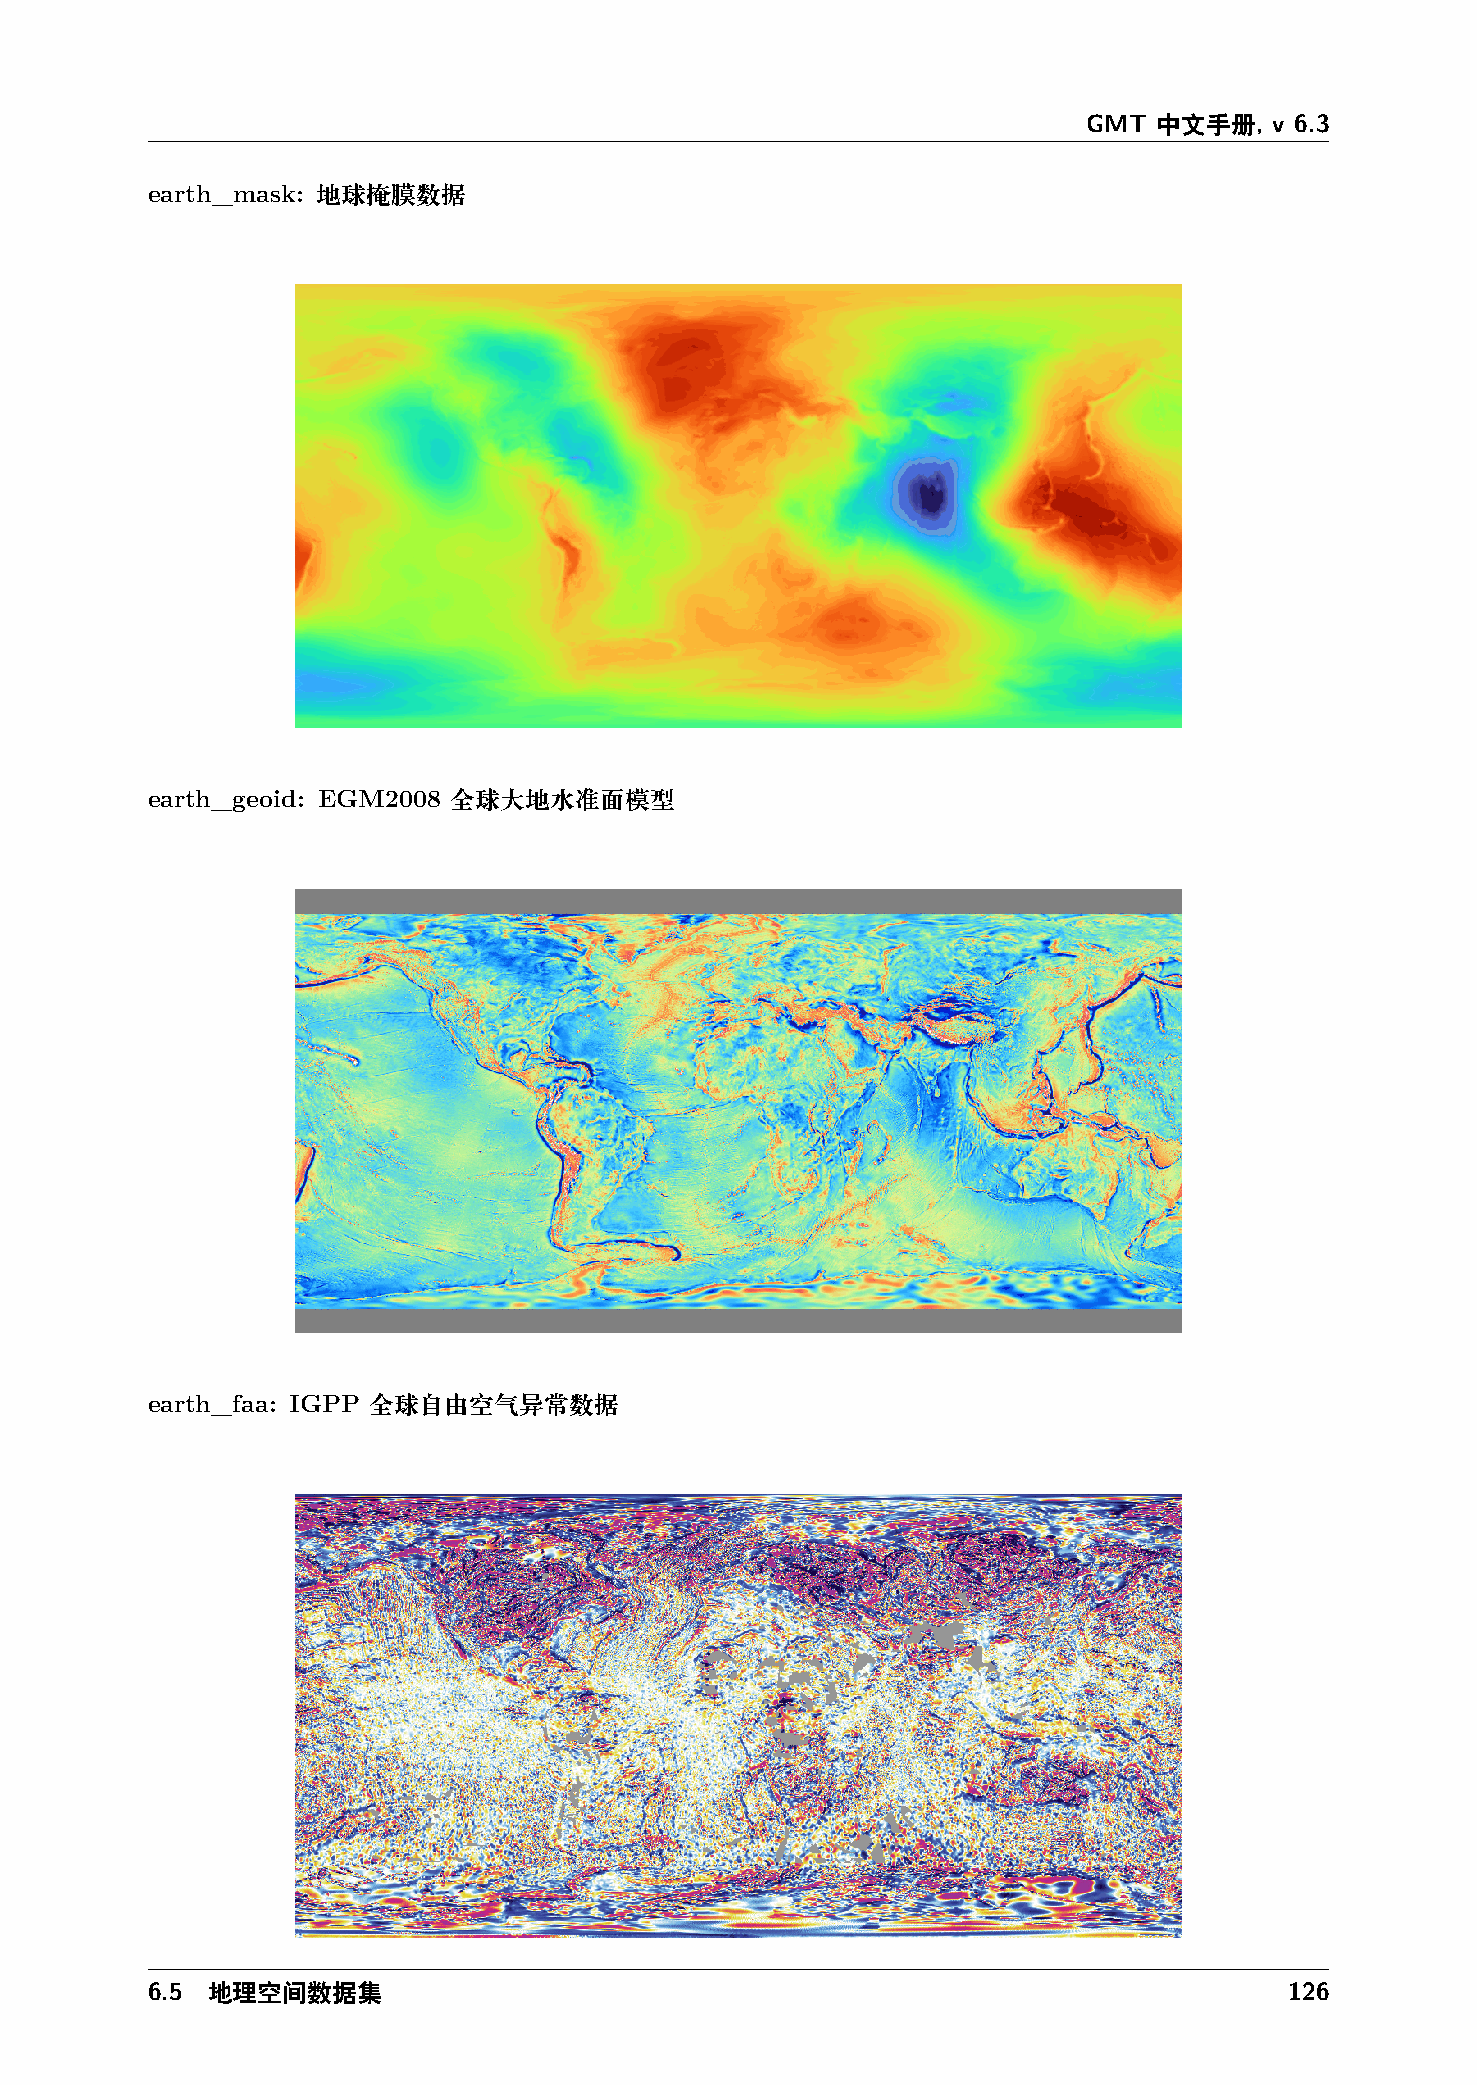
GMT  中文手册,  v 6.3
 earth_mask: 地球掩膜数据
 earth_geoid: EGM2008 全球大地水准面模型
 earth_faa: IGPP 全球自由空气异常数据
 6.5 地理空间数据集                                                                126